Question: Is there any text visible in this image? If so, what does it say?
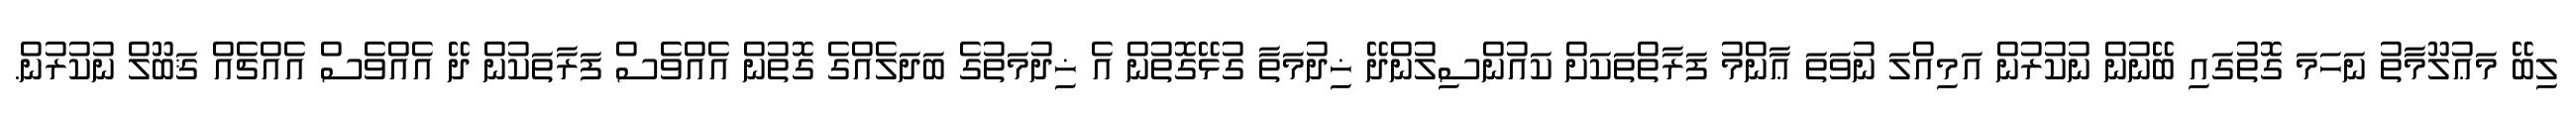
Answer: ލިބޭ މަޢުލޫމާތު ނަހަމަ ގޮތުގައި ބޭނުން ނުކުރުން އަމިއްލަ ނުވަތަ ޢާންމު ފަރާތްތަކަށް ކައުންސިލުންދޭ ޚިދުމަތާ ގުޅޭގޮތުން އެ ޚިދުމަތުގެ ބަދަލެއްގެ ގޮތުން އެއްވެސް ފަރާތަކުން ދޭ އެއްވެސް އެއްޗެއް ޤަބޫލް ނުކުރުން.